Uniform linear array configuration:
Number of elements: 8
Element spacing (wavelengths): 0.25
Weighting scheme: kaiser
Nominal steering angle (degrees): -30
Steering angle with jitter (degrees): -31.062
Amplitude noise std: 0.05
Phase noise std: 0.05

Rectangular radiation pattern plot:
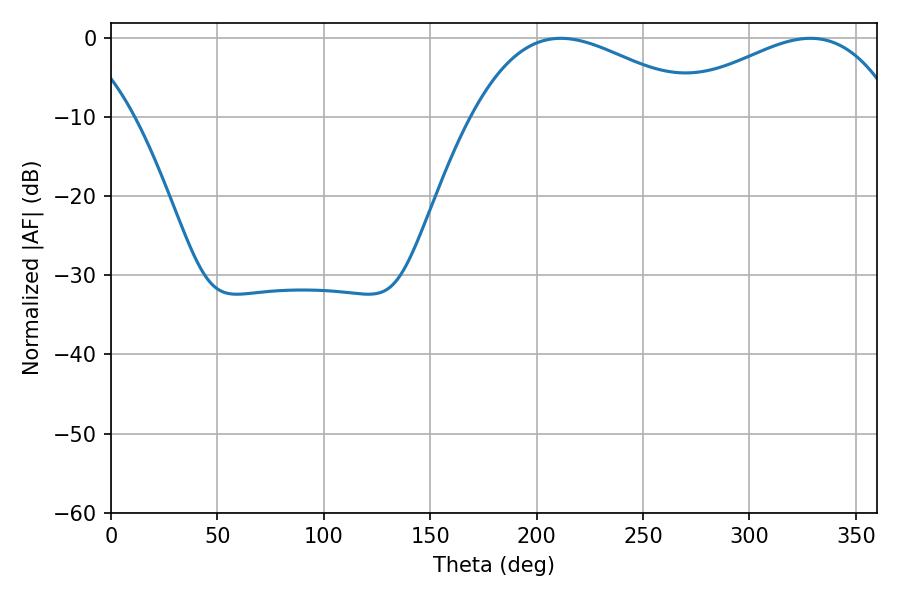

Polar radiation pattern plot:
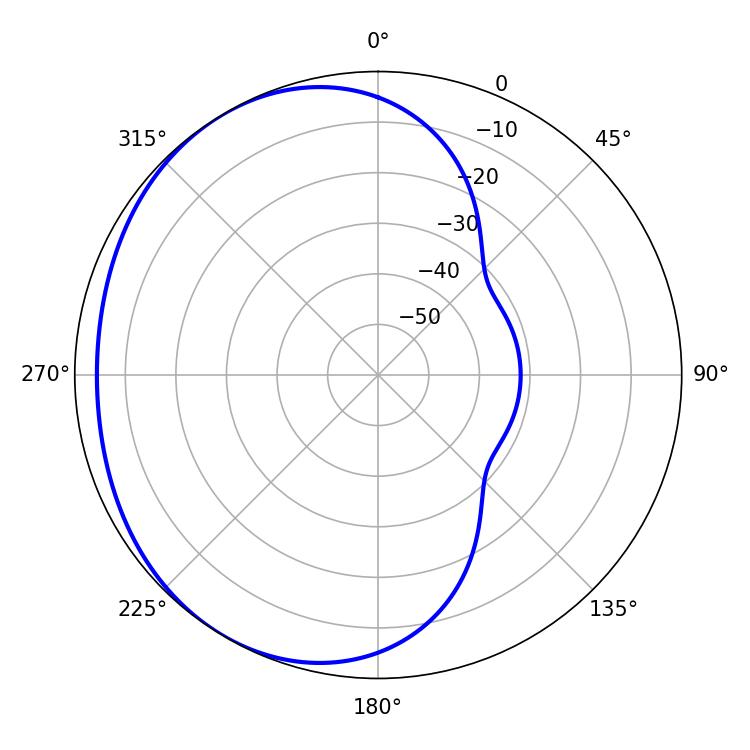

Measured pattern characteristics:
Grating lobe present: FALSE
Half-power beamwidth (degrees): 59.94
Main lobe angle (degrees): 211.32